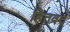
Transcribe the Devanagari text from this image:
हितवद